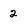
Character: 2